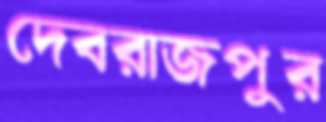
দেবরাজপুর